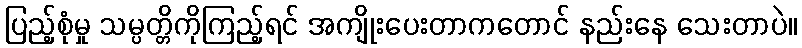
ပြည့်စုံမှု သမ္ပတ္တိကိုကြည့်ရင် အကျိုးပေးတာကတောင် နည်းနေ သေးတာပဲ။